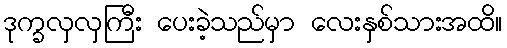
ဒုက္ခလှလှကြီး ပေးခဲ့သည်မှာ လေးနှစ်သားအထိ။